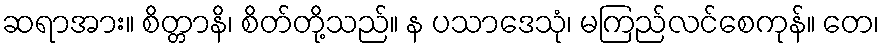
ဆရာအား။ စိတ္တာနိ၊ စိတ်တို့သည်။ န ပသာဒေသုံ၊ မကြည်လင်စေကုန်။ တေ၊